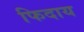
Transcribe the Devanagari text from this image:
फिदाय